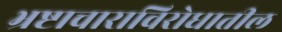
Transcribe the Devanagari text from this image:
भ्रष्टाचाराविरोधातील